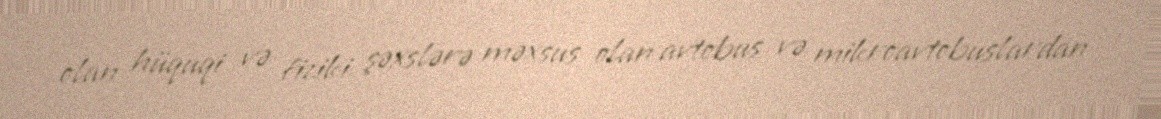
olan hüquqi və fiziki şəxslərə məxsus olan avtobus və mikroavtobuslardan